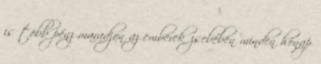
is több pénz maradjon az emberek zsebében minden hónap